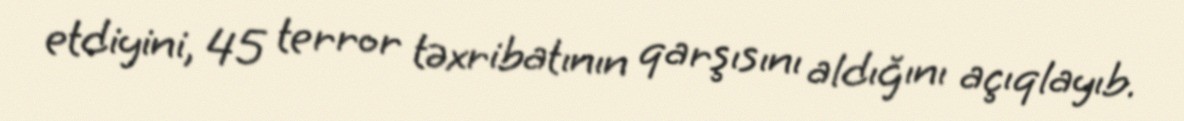
etdiyini, 45 terror təxribatının qarşısını aldığını açıqlayıb.